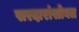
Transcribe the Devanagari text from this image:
सरदारांसोबत